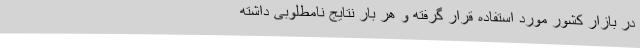
در بازار کشور مورد استفاده قرار گرفته و هر بار نتایج نامطلوبی داشته